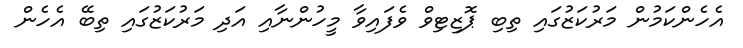
އެހެންކަމުން މަރުކަޒުގައި ތިބި ޕޮޒިޓިވް ވެފައިވާ މީހުންނާއި އަދި މަރުކަޒުގައި ތިބޭ އެހެން